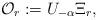
LaTeX: \begin{align*}\mathcal{O}_r:=U_{-\alpha}\Xi_r,\end{align*}